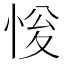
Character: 𢚔